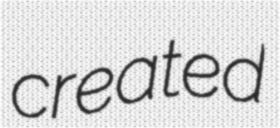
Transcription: created